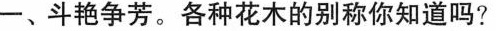
一、斗艳争芳。各种花木的别称你知道吗？